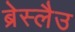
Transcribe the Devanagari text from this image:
ब्रेस्लैउ